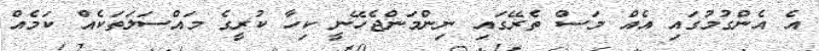
އެ އެންގުމުގައި އެއް މަސް ތެރޭގައި ނިންމަންޖެހޭނީ ކިހާ ކުރީގެ މައްސަލަތަކެއް ކަމެއް